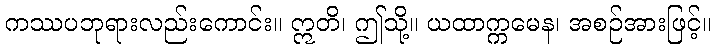
ကဿပဘုရားလည်းကောင်း။ ဣတိ၊ ဤသို့။ ယထာက္ကမေန၊ အစဉ်အားဖြင့်။